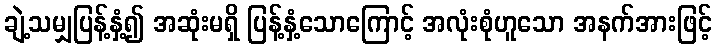
ချဲ့သမျှပြန့်နှံ့၍ အဆုံးမရှိ ပြန့်နှံ့သောကြောင့် အလုံးစုံဟူသော အနက်အားဖြင့်